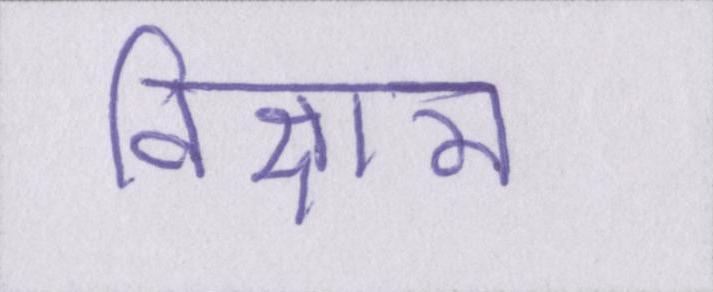
विज्ञान